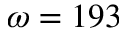
\omega = 1 9 3